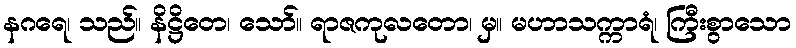
နဂရေ၊ သည်။ နိဋ္ဌိတေ၊ သော်။ ရာဇကုလတော၊ မှ။ မဟာသက္ကာရံ၊ ကြီးစွာသော